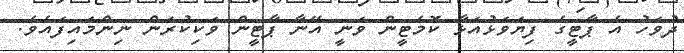
ދުވަހު އެ ޕާޓީގެ ފިޔަވަޅުއަޅާ ކޮމެޓީން ވަނީ އޭނާ ޕާޓީން ވަކިކުރަން ނިންމައިފައެވެ.